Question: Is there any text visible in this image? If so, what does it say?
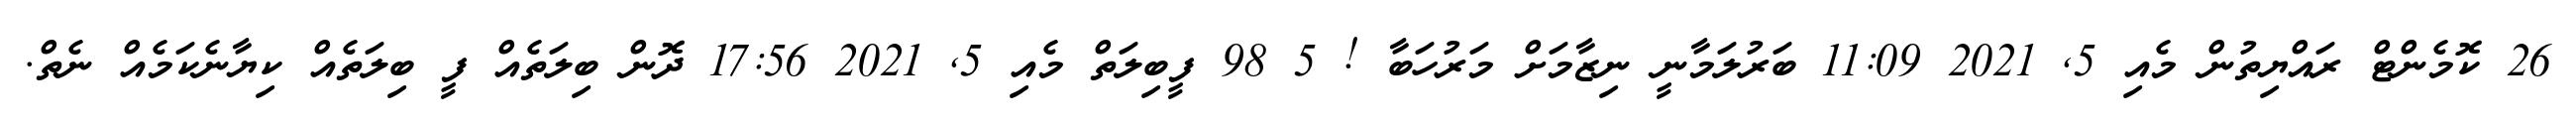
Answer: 26 ކޮމެންޓް ރައްޔިތުން މެއި 5, 2021 11:09 ބަރުލަމާނީ ނިޒާމަށް މަރުހަބާ ! 5 98 ފީބިލަތް މެއި 5, 2021 17:56 ދޮން ބިލަތެއް ފީ ބިލަތެއް ކިޔާނެކަމެއް ނެތް.